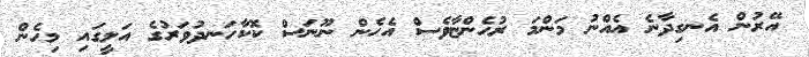
އޭރުން އެނގިދާނެ އެއްނު މަންމަ ރުހެންޏާވެސް އެހެން ނޫނަސް ކޮކާހަނދުވަރުގެ އަލީގައި މިހެން